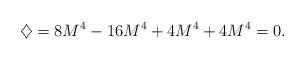
LaTeX: \begin{align*}\diamondsuit = 8 M^4 - 16 M^4 + 4 M^4 + 4 M^4 = 0 .\end{align*}